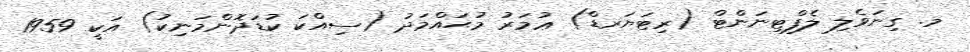
މ. ގިނަވެލި ލެފްޓިނަންޓް (ރިޓަޔަރޑް) ޢުމަރު މުޙައްމަދު (ސިއްކަ ކުޑަދޮންމަނިކު) އަކީ 1959